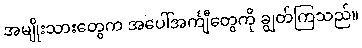
အမျိုးသားတွေက အပေါ်အင်္ကျီတွေကို ချွတ်ကြသည်။